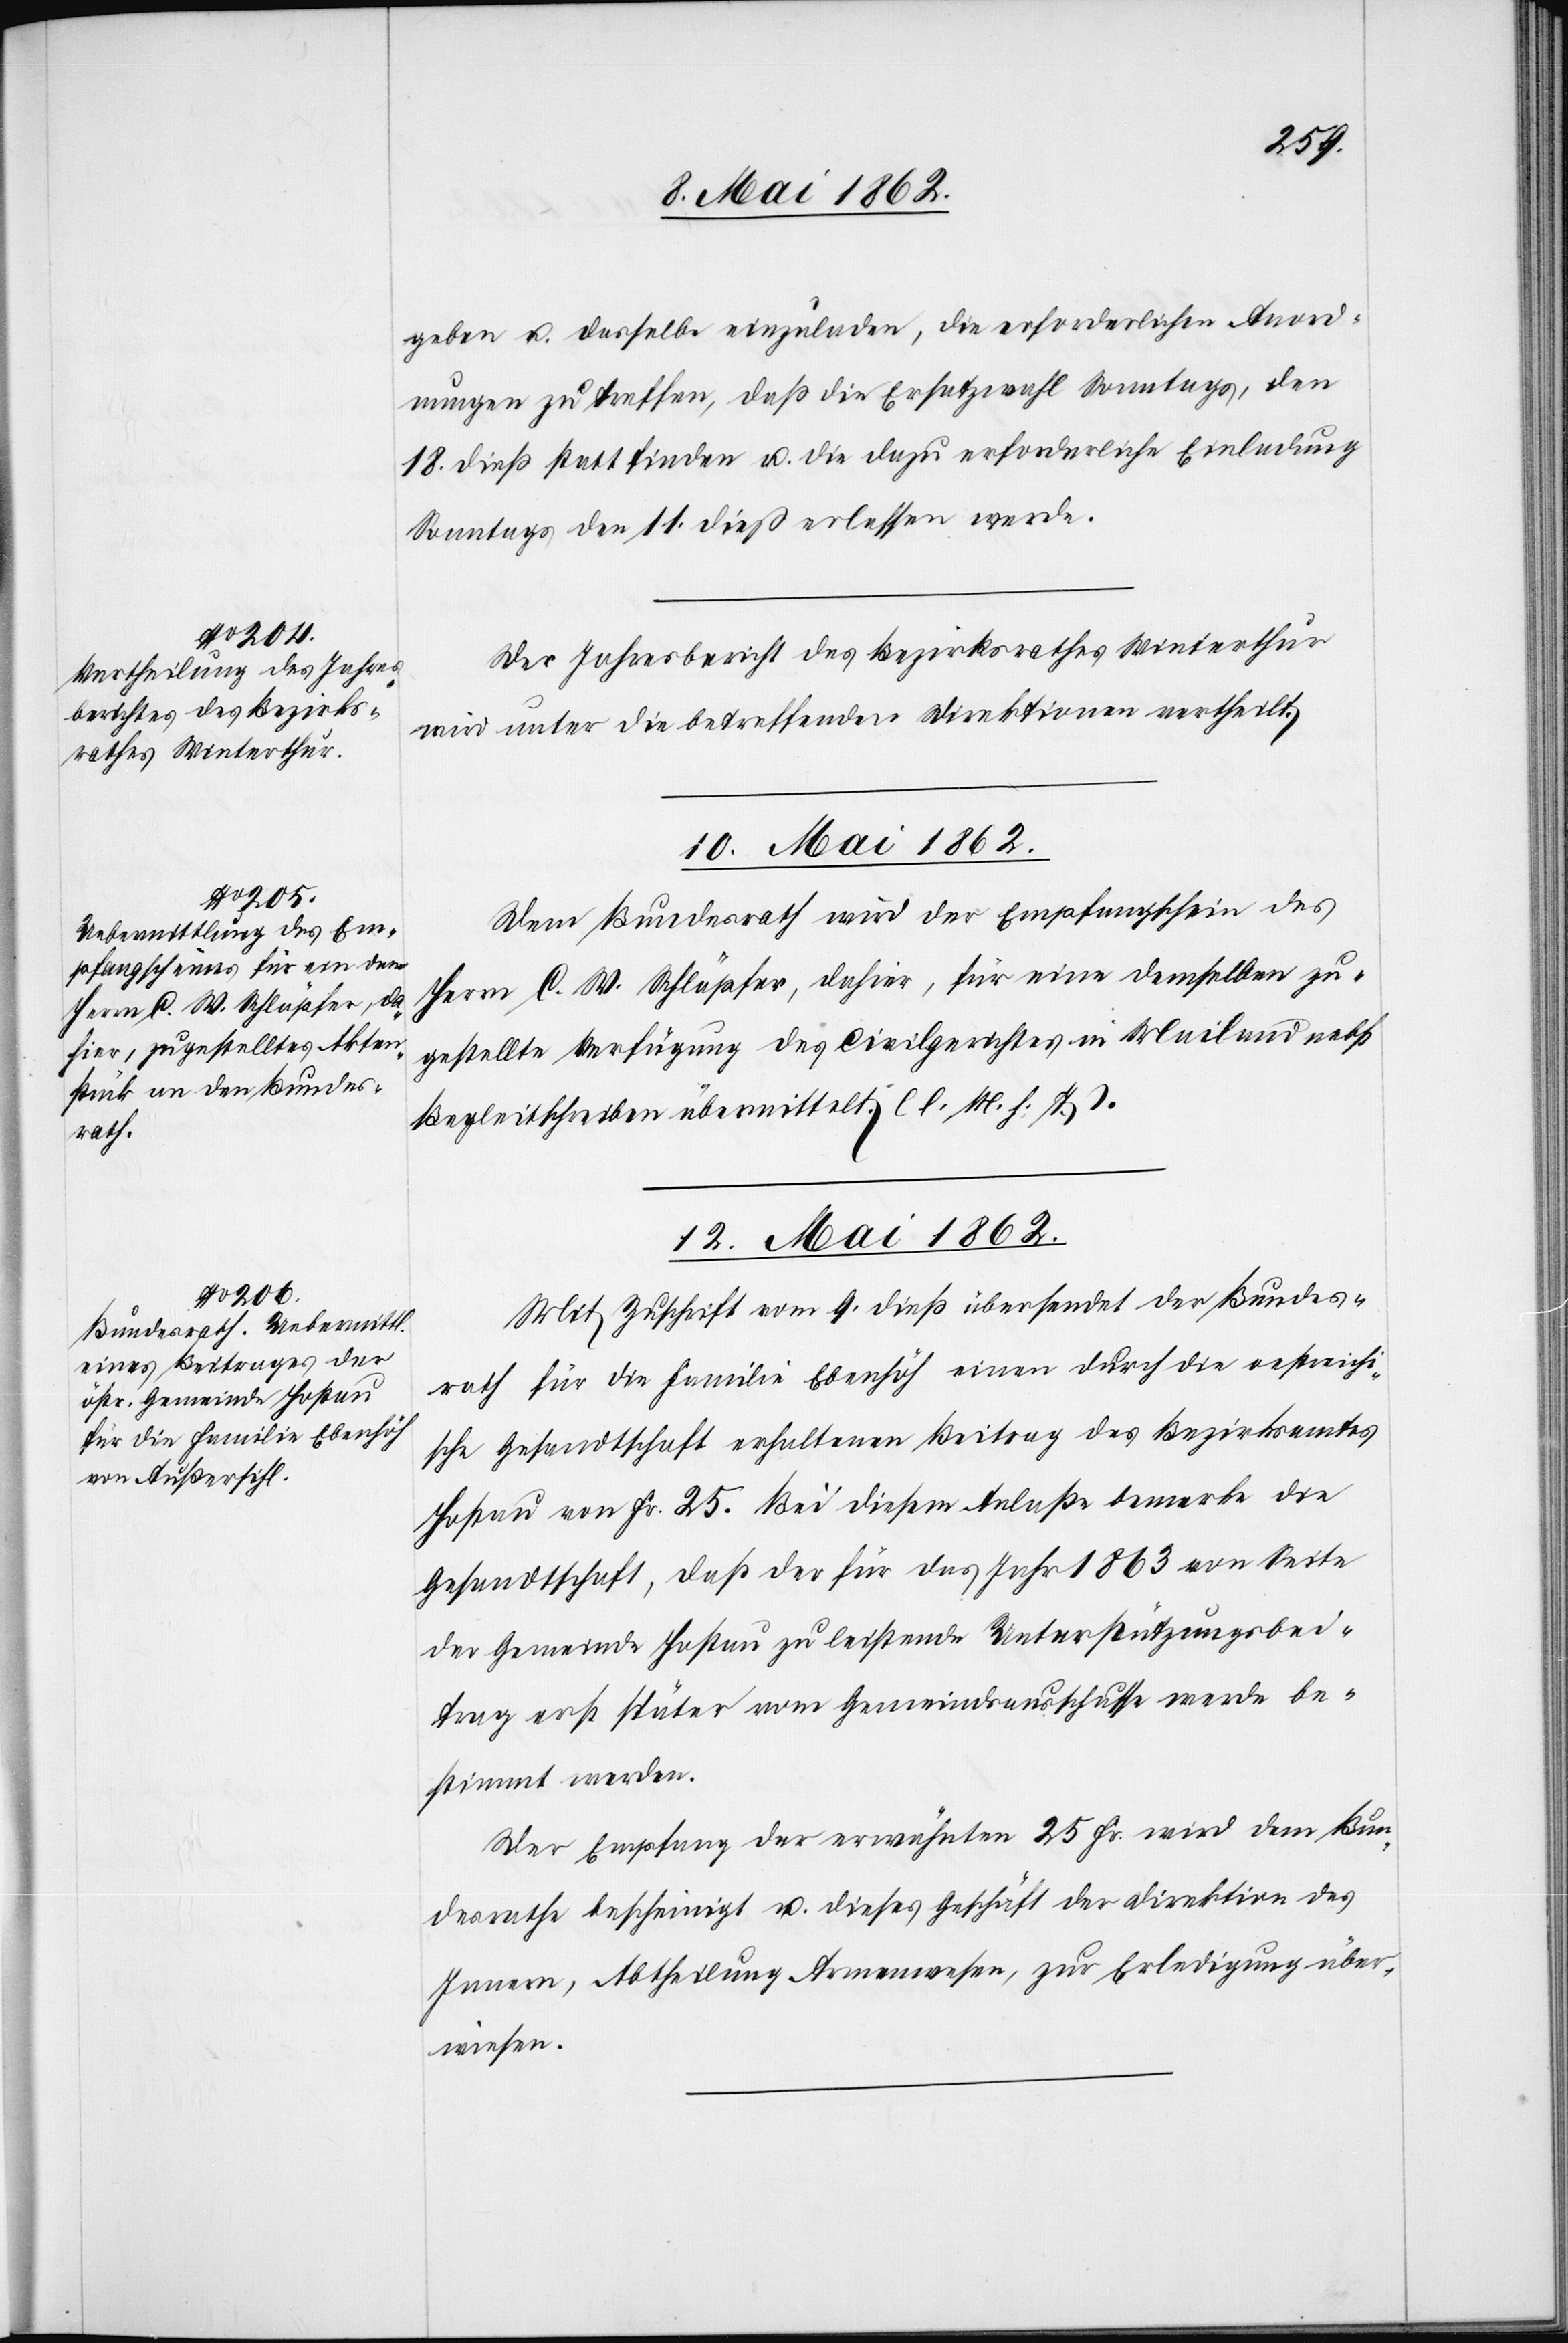
9. Mai 1862.]
geben u. dasselbe einzuladen, die erforderlichen Anord¬
nungen zu treffen, daß die Ersatzwahl Sonntags den
18. dieß statt finden u. die dazu erforderliche Einladung
Sonntags den 11. dieß erlassen werde.
Der Jahresbericht des Bezirksrathes Winterthur
wird unter die betreffenden Direktionen vertheilt.
10. Mai 1862.
Dem Bundesrath wird der Empfangschein des
Herrn C. W. Schläpfer, dahier, für eine demselben zu¬
gestellte Verfügung des Civilgerichtes in Mailand nebst
Begleitschreiben übermittelt (l. M. h. T.).
12. Mai 1862.
Mit Zuschrift vom 9. dieß übersendet der Bundes¬
rath für die Familie Ebenhöh einen durch die oestreich¬
ische Gesandtschaft erhaltenen Beitrag des Bezirksamtes
Hostau von Fr. 25. Bei diesem Anlaße bemerke die
Gesandtschaft, daß der für das Jahr 1863 von Seite
der Gemeinde Hostau zu leistende Unterstützungsbei¬
trag erst später vom Gemeindsausschuße werde be¬
stimmt werden.
Der Empfang der erwähnten 25 Fr. wird dem Bun¬
desrathe bescheinigt u. dieses Geschäft der Direktion des
Innern, Abtheilung Armenwesen, zur Erledigung über¬
wiesen.